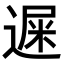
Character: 𨕄